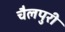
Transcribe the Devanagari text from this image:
चैलपुरी